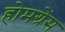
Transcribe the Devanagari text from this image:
होमग्रेंस